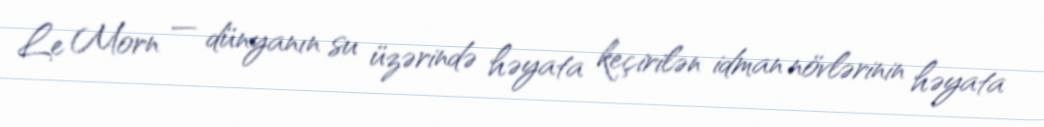
Le Morn — dünyanın su üzərində həyata keçirilən idman növlərinin həyata